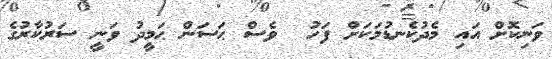
ވަނިކޮށް އައި މެދުކެނޑުމަކަށް ފަހު  ވެސް ޙަސަން ޙަމީދު ވަނީ ސަރުކާރުގެ